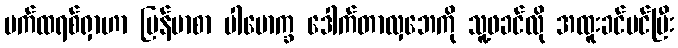
ပက်ထရစ်ရှာဟာ မြန်မာစာ ပါမောက္ခ ဒေါက်တာလှဘေကို သူ့ဖခင်လို အထူးခင်မင်ပြီး